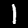
Label: 1